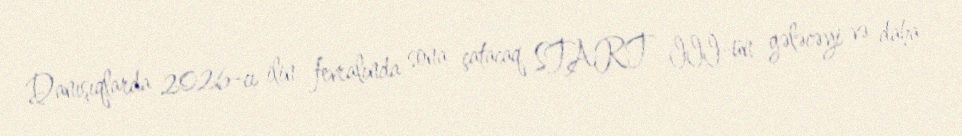
Danışıqlarda 2026-cı ilin fevralında sona çatacaq START III-ün gələcəyi və daha